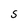
Character: S